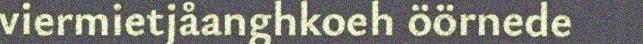
viermietjåanghkoeh öörnede